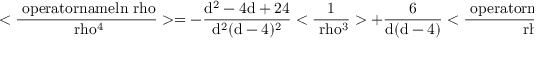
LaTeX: \mathrm { < \frac { \ o p e r a t o r n a m e { l n } \ r h o } { \ r h o ^ { 4 } } > = - \frac { d ^ { 2 } - 4 d + 2 4 } { d ^ { 2 } ( d - 4 ) ^ { 2 } } < \frac { 1 } { \ r h o ^ { 3 } } > + \frac { 6 } { d ( d - 4 ) } < \frac { \ o p e r a t o r n a m e { l n } \ r h o } { \ r h o ^ { 3 } } > - }